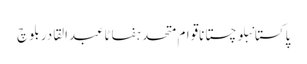
پاکستانبلوچستاناقوام متحدہفاٹاعبدالقادر بلوچ